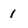
Character: 1